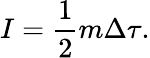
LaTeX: I={\frac{1}{2}}m\Delta\tau.